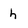
Character: h